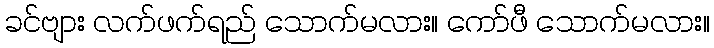
ခင်ဗျား လက်ဖက်ရည် သောက်မလား။ ကော်ဖီ သောက်မလား။